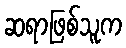
ဆရာဖြစ်သူက